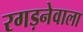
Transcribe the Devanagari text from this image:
रगड़नेवाला